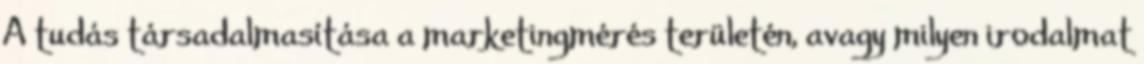
A tudás társadalmasítása a marketingmérés területén, avagy milyen irodalmat